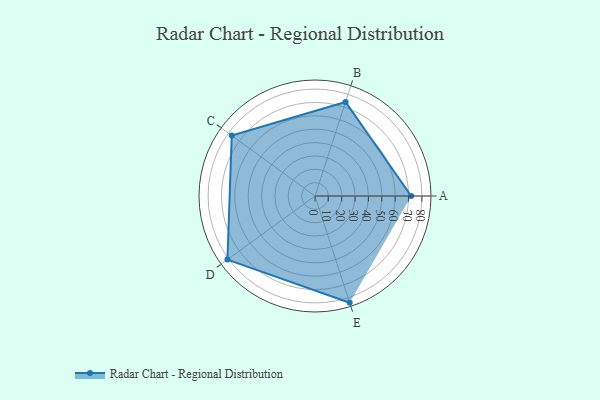
{"axis": {"x": "Skill", "y": "Score"}, "legend": ["Profile"], "data": [{"x": "A", "y": 72.0, "type": "Profile"}, {"x": "B", "y": 74.0, "type": "Profile"}, {"x": "C", "y": 77.0, "type": "Profile"}, {"x": "D", "y": 81.0, "type": "Profile"}, {"x": "E", "y": 84.0, "type": "Profile"}]}